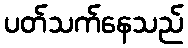
ပတ်သက်နေသည်